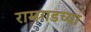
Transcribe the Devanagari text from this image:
रामगडच्या